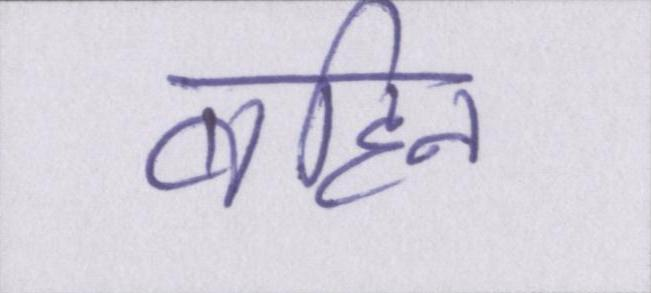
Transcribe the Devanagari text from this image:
बहिन